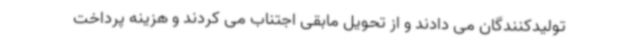
تولیدکنندگان می دادند و از تحویل مابقی اجتناب می کردند و هزینه پرداخت